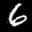
Label: 6